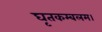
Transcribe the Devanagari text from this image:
घृतकम्बलम।